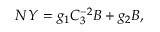
N Y = g _ { 1 } C _ { 3 } ^ { - 2 } B + g _ { 2 } B ,